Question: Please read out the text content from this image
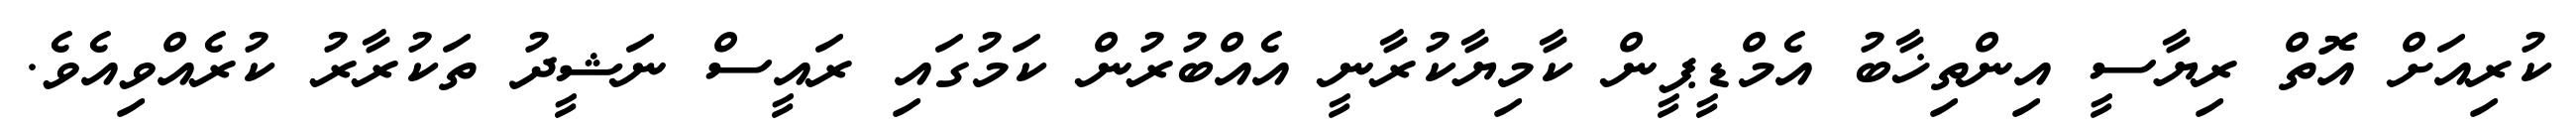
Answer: ކުރިއަށް އޮތް ރިޔާސީ އިންތިޚާބު އެމްޑީޕީން ކާމިޔާކުރާނީ އެއްބުރުން ކަމުގައި ރައީސް ނަޝީދު ތަކުރާރު ކުރެއްވިއެވެ.